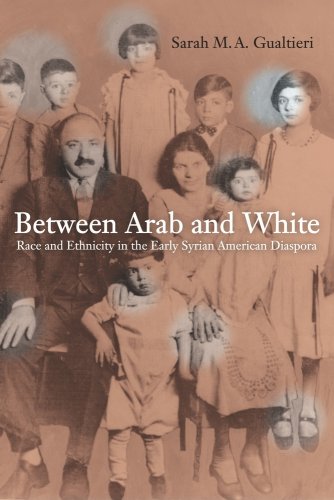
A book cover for Between Arab and White: Race and Ethnicity in the Early Syrian American Diaspora (American Crossroads); Sarah M. A. Gualtieri; History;